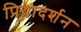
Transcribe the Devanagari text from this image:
प्रियादर्शन